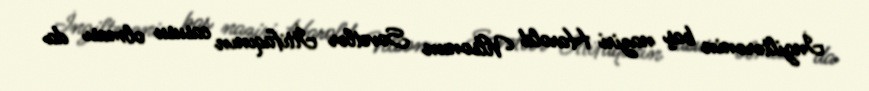
İngiltərənin baş naziri Harold Vilsonun Sovetlər İttifaqının casusu olması da